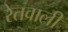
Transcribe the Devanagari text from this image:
रेतवाली